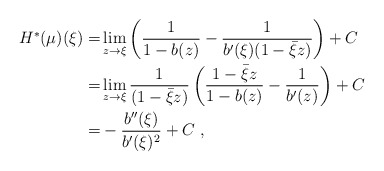
\begin{align*} H^*(\mu)(\xi)=&\lim_{z \to \xi} \left( \frac{1}{1-b(z)}-\frac{1}{b'(\xi)(1-\bar{\xi}z)}\right)+C\\ =&\lim_{z \to \xi} \frac{1}{(1-\bar{\xi}z)}\left( \frac{1-\bar{\xi}z}{1-b(z)}-\frac{1}{b'(z)}\right)+C\\ =& -\frac{b''(\xi)}{b'(\xi)^2}+C\ ,\end{align*}